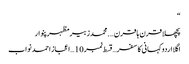
“
پچھلا قرن ہا قرن ….محمدزبیرمظہرپنوار
اگلا اردو کہانی کا سفر…قسط نمبر 10 … اعجاز احمد نواب